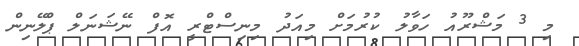
މި 3 މަޝްރޫއު ހަވާލު ކުރުމަށް މިއަދު މިނިސްޓްރީ އޮފް ނޭޝަނަލް ޕްލޭނިން